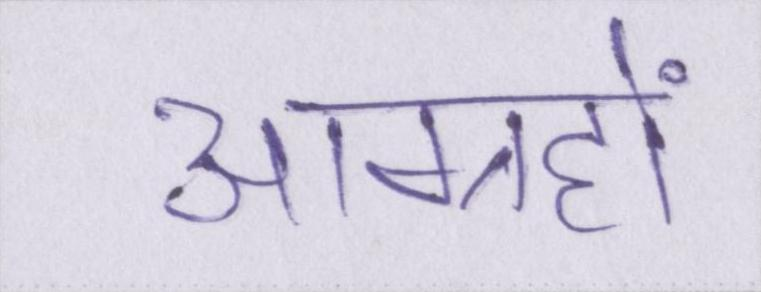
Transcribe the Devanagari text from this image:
आग्रहों